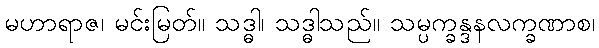
မဟာရာဇ၊ မင်းမြတ်။ သဒ္ဓါ၊ သဒ္ဓါသည်။ သမ္ပက္ခန္ဒနလက္ခဏာစ၊